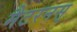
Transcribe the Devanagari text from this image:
मैटरनस्